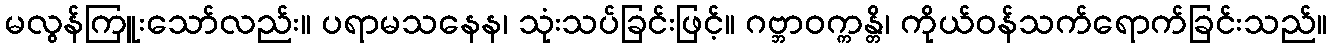
မလွန်ကြူးသော်လည်း။ ပရာမသနေန၊ သုံးသပ်ခြင်းဖြင့်။ ဂဗ္ဘာဝက္ကန္တိ၊ ကိုယ်ဝန်သက်ရောက်ခြင်းသည်။